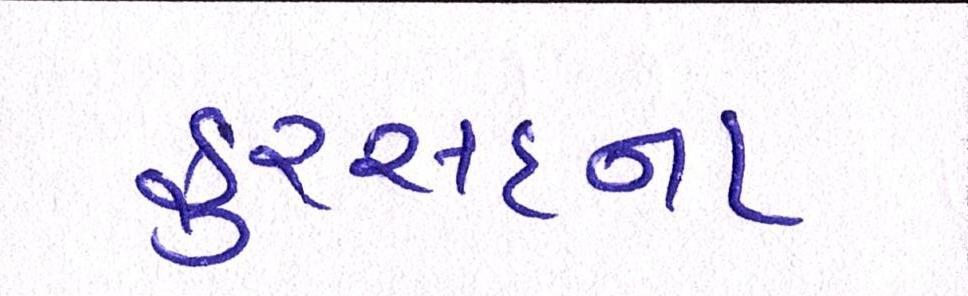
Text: ફુરસદના